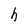
Character: h